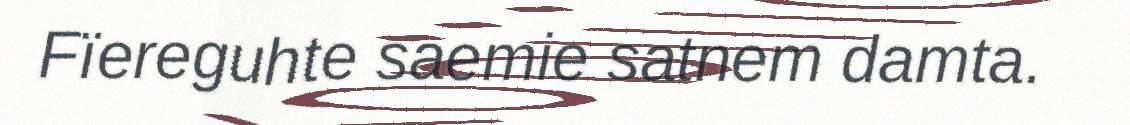
Fïereguhte saemie satnem damta.